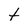
Character: t